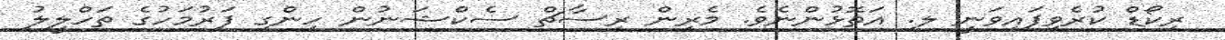
ރިކޯޑް ކުރެވިފައިވަނީ ލ. އަތޮޅުންނެވެ. މެރިން ރިސާޗް ސެކްޝަނުން ހިންގި ފަރުމަހުގެ ތަހްލީލު